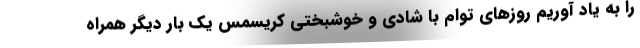
را به یاد آوریم روزهای توام با شادی و خوشبختی کریسمس یک بار دیگر همراه